Civil Veterinary Department. Central Provinces & Berar 1932-41 - 1932-1941
Year: 1932
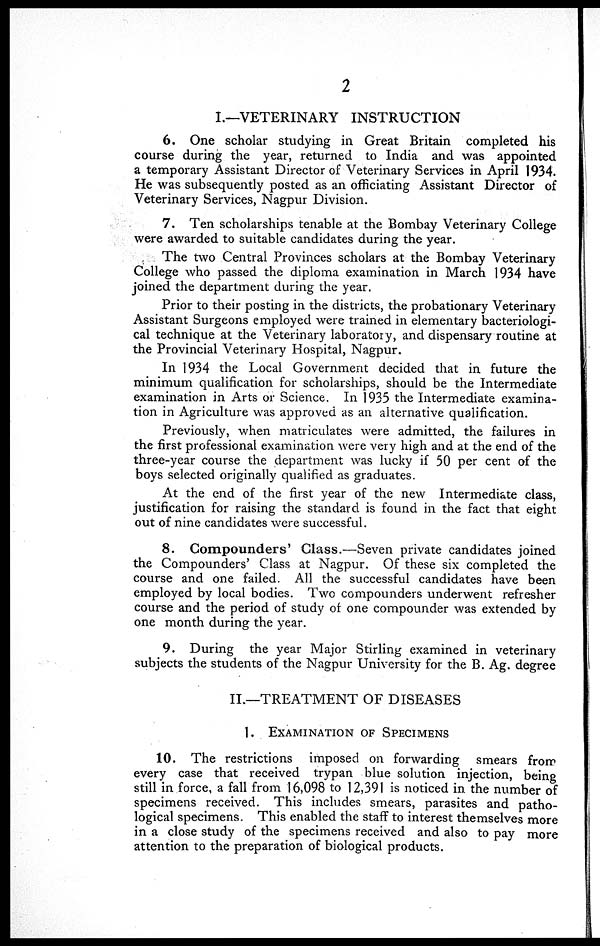
2
I.—VETERINARY INSTRUCTION
6. One scholar studying in Great Britain completed his
course during the year, returned to India and was appointed
a temporary Assistant Director of Veterinary Services in April 1934.
He was subsequently posted as an officiating Assistant Director of
Veterinary Services, Nagpur Division.
7. Ten scholarships tenable at the Bombay Veterinary College
were awarded to suitable candidates during the year.
The two Central Provinces scholars at the Bombay Veterinary
College who passed the diploma examination in March 1934 have
joined the department during the year.
Prior to their posting in the districts, the probationary Veterinary
Assistant Surgeons employed were trained in elementary bacteriologi-
cal technique at the Veterinary laboratory, and dispensary routine at
the Provincial Veterinary Hospital, Nagpur.
In 1934 the Local Government decided that in future the
minimum qualification for scholarships, should be the Intermediate
examination in Arts or Science. In 1935 the Intermediate examina-
tion in Agriculture was approved as an alternative qualification.
Previously, when matriculates were admitted, the failures in
the first professional examination were very high and at the end of the
three-year course the department was lucky if 50 per cent of the
boys selected originally qualified as graduates.
At the end of the first year of the new Intermediate class,
justification for raising the standard is found in the fact that eight
out of nine candidates were successful.
8. Compounders' Class.—Seven private candidates joined
the Compounders' Class at Nagpur. Of these six completed the
course and one failed. All the successful candidates have been
employed by local bodies. Two compounders underwent refresher
course and the period of study of one compounder was extended by
one month during the year.
9. During the year Major Stirling examined in veterinary
subjects the students of the Nagpur University for the B. Ag. degree
II.—TREATMENT OF DISEASES
1. EXAMINATION OF SPECIMENS
10. The restrictions imposed on forwarding smears from
every case that received trypan blue solution injection, being
still in force, a fall from 16,098 to 12,391 is noticed in the number of
specimens received. This includes smears, parasites and patho-
logical specimens. This enabled the staff to interest themselves more
in a close study of the specimens received and also to pay more
attention to the preparation of biological products.